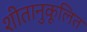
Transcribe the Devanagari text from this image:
शीतानुकूलित